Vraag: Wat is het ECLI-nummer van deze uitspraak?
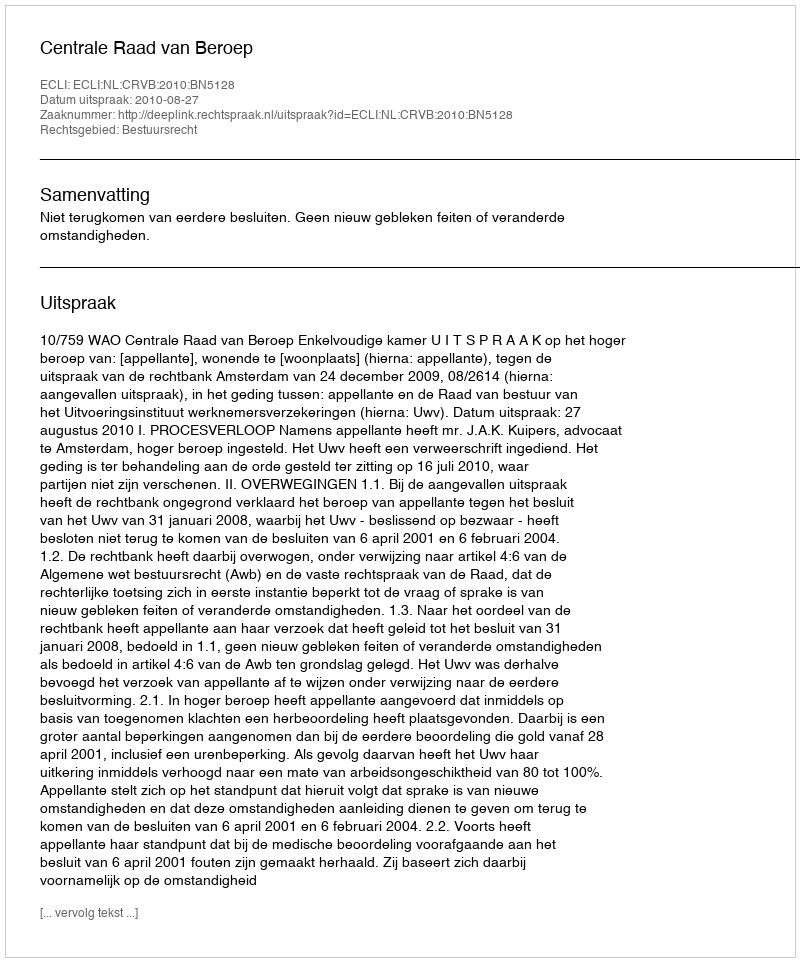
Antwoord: ECLI:NL:CRVB:2010:BN5128